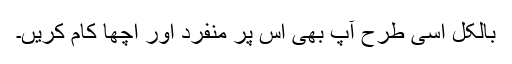
بالکل اسی طرح آپ بھی اس پر منفرد اور اچھا کام کریں۔